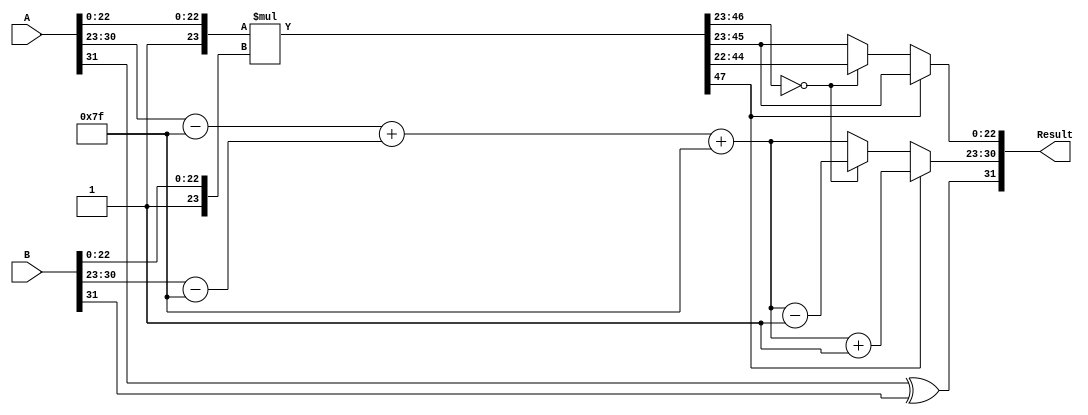
module radix4_fp_multiplier (
    input [31:0] A, // Input floating-point number A
    input [31:0] B, // Input floating-point number B
    output reg [31:0] Result // Output floating-point result
);

    // Define constants
    localparam BIAS = 127;
    localparam MANTISSA_WIDTH = 23;
    localparam EXPONENT_WIDTH = 8;
    
    // Split inputs into sign, exponent, and mantissa
    wire A_sign = A[31];
    wire [EXPONENT_WIDTH-1:0] A_exponent = A[30:23];
    wire [MANTISSA_WIDTH-1:0] A_mantissa = A[22:0];
    
    wire B_sign = B[31];
    wire [EXPONENT_WIDTH-1:0] B_exponent = B[30:23];
    wire [MANTISSA_WIDTH-1:0] B_mantissa = B[22:0];

    // Sign calculation
    wire Result_sign = A_sign ^ B_sign;

    // Exponent calculation
    wire [EXPONENT_WIDTH:0] A_exp_adj = A_exponent - BIAS; // Adjust A exponent
    wire [EXPONENT_WIDTH:0] B_exp_adj = B_exponent - BIAS; // Adjust B exponent
    wire [EXPONENT_WIDTH:0] Result_exponent_raw = A_exp_adj + B_exp_adj + BIAS; // Calculate raw exponent

    // Mantissa calculation
    wire [MANTISSA_WIDTH:0] A_mantissa_ext = {1'b1, A_mantissa}; // Extend A mantissa
    wire [MANTISSA_WIDTH:0] B_mantissa_ext = {1'b1, B_mantissa}; // Extend B mantissa
    
    // Partial product generation using Radix-4 Booth algorithm
    // This part is simplified; actual implementation may vary
    wire [47:0] partial_product; // Adjust size based on your needs

    // Generate partial products based on pairs of bits from B_mantissa_ext
    // This is a placeholder; actual implementation of Radix-4 logic is needed
    assign partial_product = A_mantissa_ext * B_mantissa_ext; // Simple multiplication for demonstration

    // Addition of partial products (tree structure may be implemented)
    wire [47:0] summed_result; // Placeholder for summed result

    // Normalization and rounding (simplified)
    reg [23:0] mantissa_normalized;
    reg [EXPONENT_WIDTH-1:0] final_exponent;
    
    always @(*) begin
        // Normalization logic: Check if mantissa overflows or underflows
        if (partial_product[47]) begin // If overflow
            mantissa_normalized = partial_product[46:23]; // Right shift
            final_exponent = Result_exponent_raw + 1;
        end else if (partial_product[46:23] == 0) begin // If underflow
            mantissa_normalized = partial_product[45:22]; // Left shift
            final_exponent = Result_exponent_raw - 1;
        end else begin
            mantissa_normalized = partial_product[46:23];
            final_exponent = Result_exponent_raw;
        end

        // Rounding logic can be added here (not implemented in this example)

        // Assemble the final result
        Result = {Result_sign, final_exponent, mantissa_normalized[22:0]};
    end

endmodule